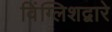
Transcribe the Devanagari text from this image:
विंग्लिशद्वारे